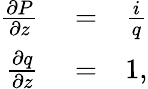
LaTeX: \begin{array}{rlr}{\frac{\partial P}{\partial z}}&{{}=}&{\frac{i}{q}}\\ {\frac{\partial q}{\partial z}}&{{}=}&{1,}\end{array}